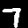
Digit: 7